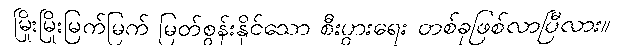
မြိုးမြိုးမြက်မြက် မြတ်စွန်းနိုင်သော စီးပွားရေး တစ်ခုဖြစ်လာပြီလား။